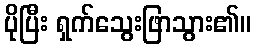
ပိုပြီး ရှက်သွေးဖြာသွား၏။